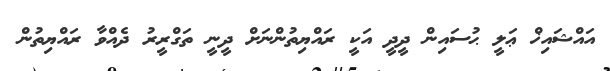
އައްޝައިޚް ޢަލީ ޙުސައިން ދީދީ އަކީ ރައްޔިތުންނަށް ދީނީ ތަގްރީރު ދެއްވާ ރައްޔިތުން